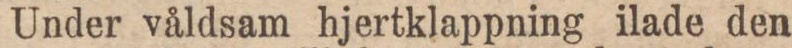
Under våldsam hjertklappning ilade den